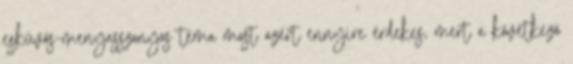
esküvős-menyasszonyos téma most azért ennyire érdekes, mert a következő